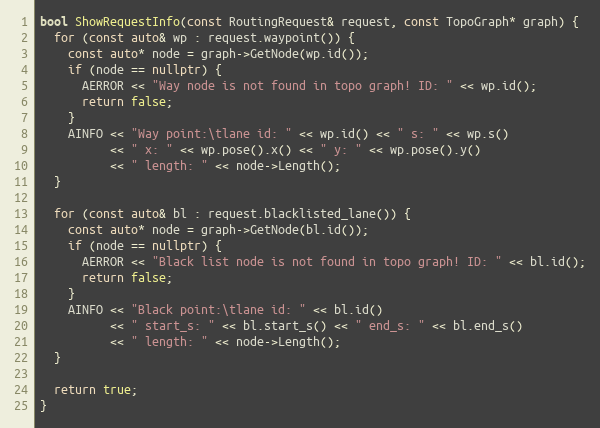
Language: C++
bool ShowRequestInfo(const RoutingRequest& request, const TopoGraph* graph) {
  for (const auto& wp : request.waypoint()) {
    const auto* node = graph->GetNode(wp.id());
    if (node == nullptr) {
      AERROR << "Way node is not found in topo graph! ID: " << wp.id();
      return false;
    }
    AINFO << "Way point:\tlane id: " << wp.id() << " s: " << wp.s()
          << " x: " << wp.pose().x() << " y: " << wp.pose().y()
          << " length: " << node->Length();
  }

  for (const auto& bl : request.blacklisted_lane()) {
    const auto* node = graph->GetNode(bl.id());
    if (node == nullptr) {
      AERROR << "Black list node is not found in topo graph! ID: " << bl.id();
      return false;
    }
    AINFO << "Black point:\tlane id: " << bl.id()
          << " start_s: " << bl.start_s() << " end_s: " << bl.end_s()
          << " length: " << node->Length();
  }

  return true;
}